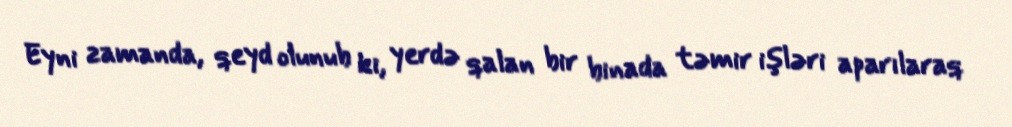
Eyni zamanda, qeyd olunub ki, yerdə qalan bir binada təmir işləri aparılaraq